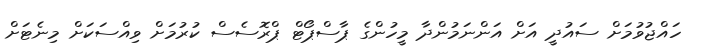
ހައްޖުވުމަށް ސައުދީ އަށް އަންނަމުންދާ މީހުންގެ ޕާސްޕޯޓް ޕްރޮސެސް ކުރުމަށް ވިއްސަކަށް މިނެޓަށް